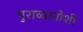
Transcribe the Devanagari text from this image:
पुराव्यांनीशी